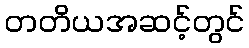
တတိယအဆင့်တွင်